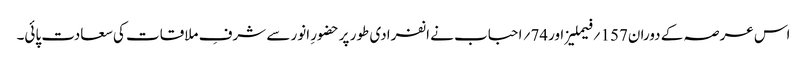
اس عرصہ کے دوران157 ؍فیملیز اور74؍ احباب نے انفرادی طور پرحضورِ انور سے شرفِ ملاقات کی سعادت پائی۔